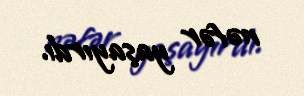
nəfər yaşayırdı.